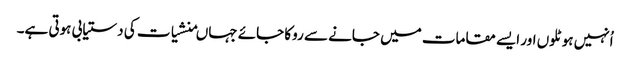
اُنہیں ہوٹلوں اور ایسے مقامات میں جانے سے روکا جائے جہاںمنشیات کی دستیابی ہوتی ہے۔